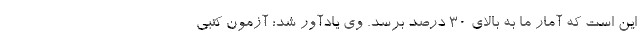
این است که آمار ما به بالای ۳۰ درصد برسد. وی یادآور شد: آزمون کتبی